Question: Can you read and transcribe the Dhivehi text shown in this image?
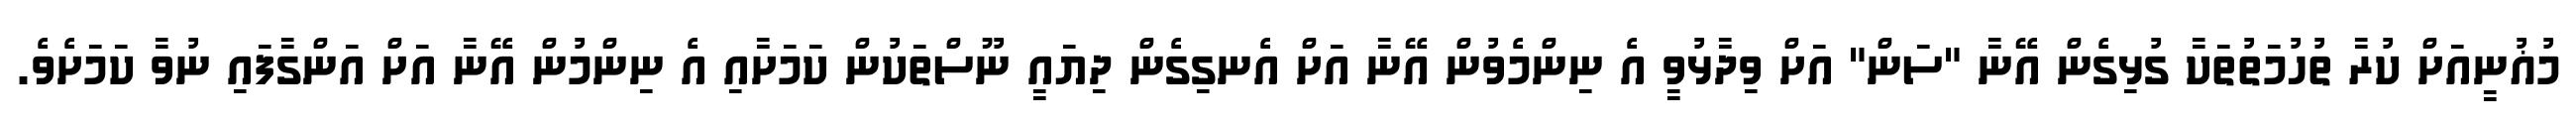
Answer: މުޣުނީއަށް ކުރާ ތުހުމަތުތަކާ ގުޅިގެން އޭނާ "ސަން" އަށް ވިދާޅުވީ އެ ނިންމެވުން އޭނާ އަށް އެނގިގެން ދިޔައީ ނޫސްތަކުން ކަމަށާއި އެ ނިންމުން އޭނާ އަށް އަންގާފައި ނުވާ ކަމަށެވެ.